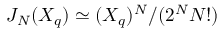
J _ { N } ( X _ { q } ) \simeq ( X _ { q } ) ^ { N } / ( 2 ^ { N } { N ! } )